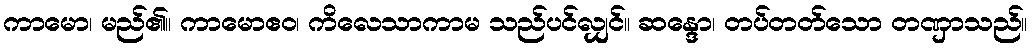
ကာမော၊ မည်၏။ ကာမောဧဝ၊ ကိလေသာကာမ သည်ပင်လျှင်။ ဆန္ဒော၊ တပ်တတ်သော တဏှာသည်။